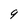
Character: 9